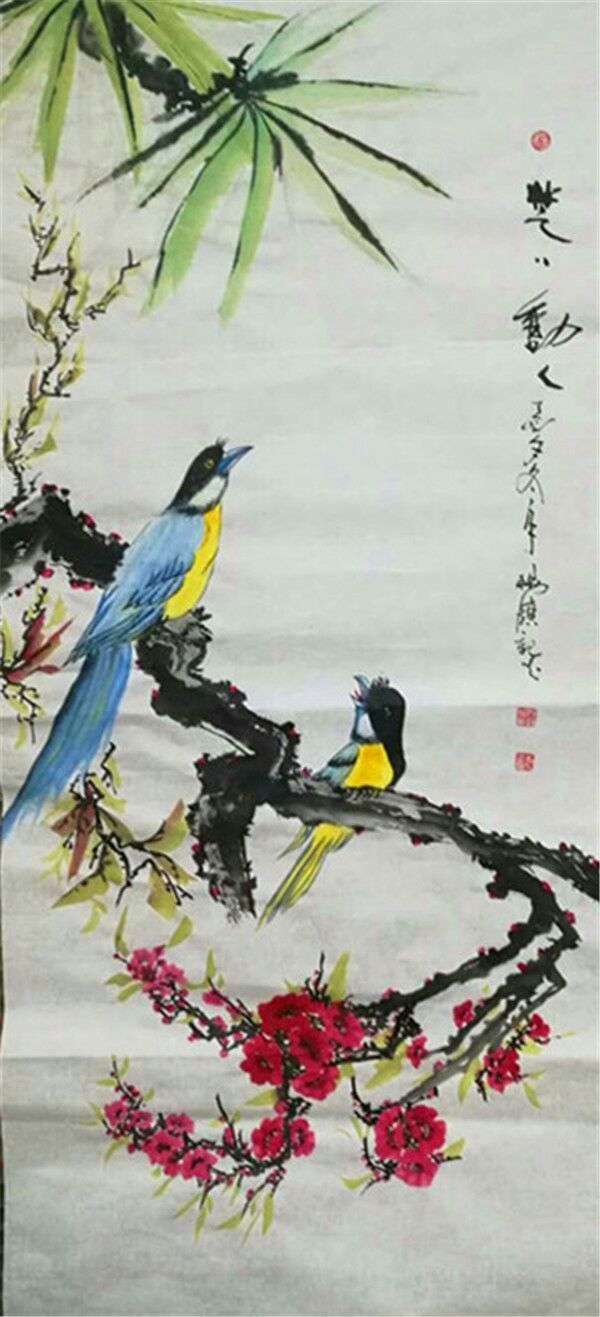
何事春风容不得？和莺吹折数枝花。